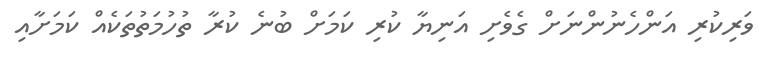
ވަރިކުރި އަންހެނުންނަށް ގެވެށި އަނިޔާ ކުރި ކަމަށް ބުނެ ކުރާ ތުހުމަތުތަކެއް ކަމަށާއި